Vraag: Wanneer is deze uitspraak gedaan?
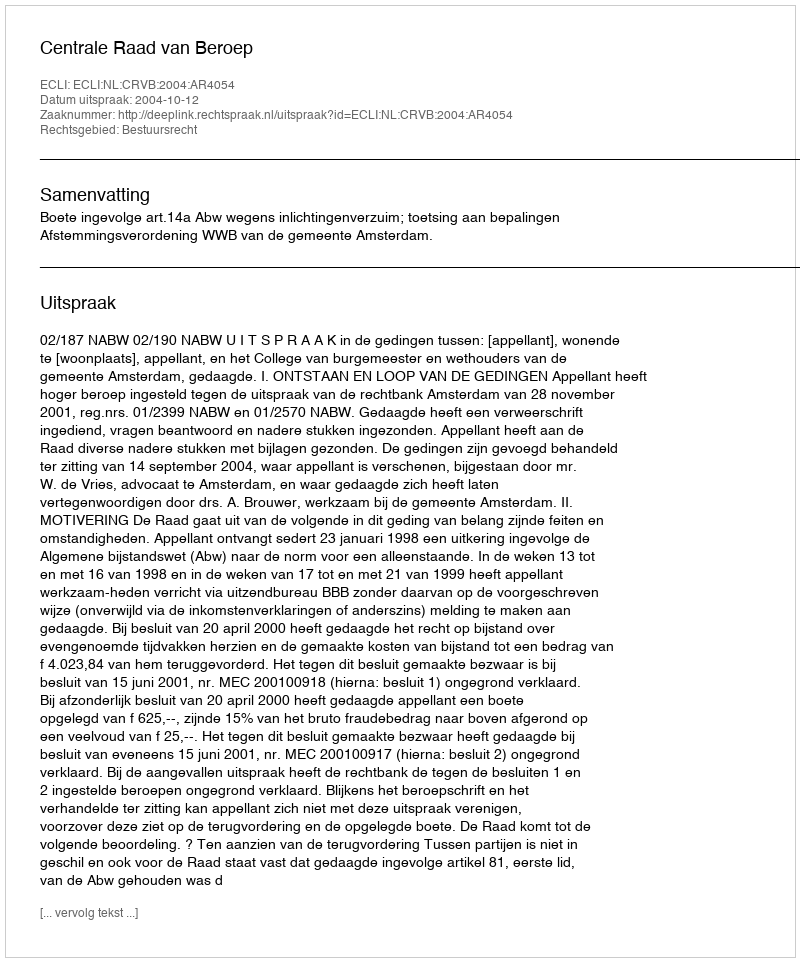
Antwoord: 2004-10-12